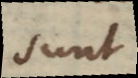
sunt